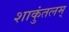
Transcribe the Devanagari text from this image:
शाकुंतलम्‌